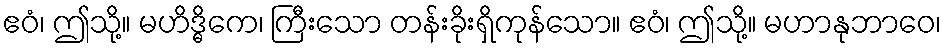
ဧဝံ၊ ဤသို့။ မဟိဒ္ဓိကေ၊ ကြီးသော တန်းခိုးရှိကုန်သော။ ဧဝံ၊ ဤသို့။ မဟာနုဘာဝေ၊